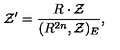
{ \cal Z } ^ { \prime } = \frac { R \cdot { \cal Z } } { ( R ^ { 2 n } , { \cal Z } ) _ { E } } ,